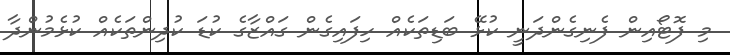
މި ފޮޓޯއިން ފެނިގެންދަނީ ކުޅޭ ބަޑިތަކެއް ހިފައިގެން ގައްޒާގެ ކުޑަ ކުދިންތަކެއް ކުޅެމުންދާ